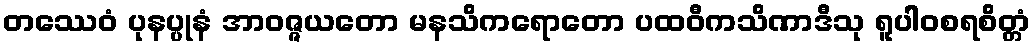
တဿေဝံ ပုနပ္ပုနံ အာဝဇ္ဇယတော မနသိကရောတော ပထဝီကသိဏာဒီသု ရူပါဝစရစိတ္တံ